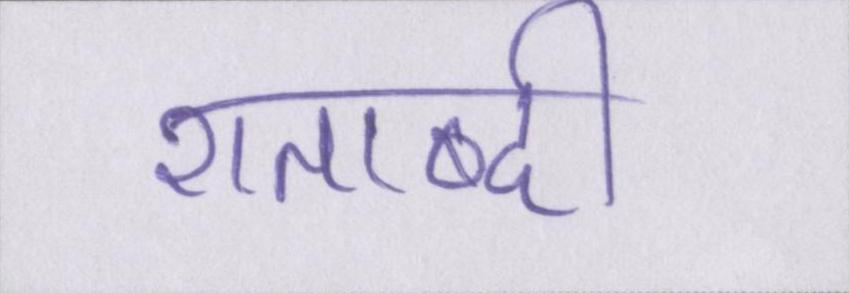
शताब्दी